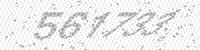
Solution: 561733